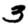
Digit: 3